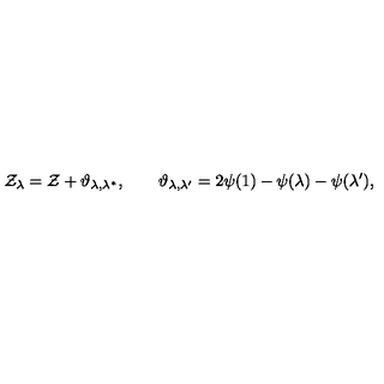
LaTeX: \mathcal { Z } _ { \lambda } = \mathcal { Z } + \vartheta _ { \lambda , \lambda ^ { * } } , \qquad \vartheta _ { \lambda , \lambda ^ { \prime } } = 2 \psi ( 1 ) - \psi ( \lambda ) - \psi ( \lambda ^ { \prime } ) ,